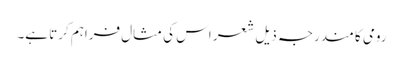
رومی کا مندرجہ ذیل شعر اس کی مثال فراہم کرتا ہے۔